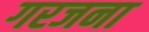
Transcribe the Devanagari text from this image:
गरजना